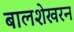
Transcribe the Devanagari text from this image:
बालशेखरन